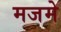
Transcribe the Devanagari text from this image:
मजमे